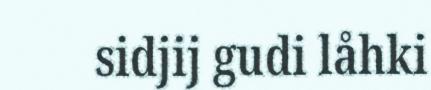
sidjij gudi låhki